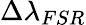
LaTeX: \Delta\lambda_{FSR}